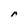
Character: r